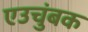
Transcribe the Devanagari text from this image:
एउचुंबक